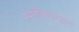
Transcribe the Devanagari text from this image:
समलैंगिककामुकता